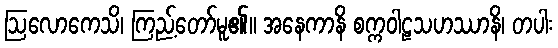
ဩလောကေသိ၊ ကြည့်တော်မူ၏။ အနေကာနိ စက္ကဝါဠသဟဿာနိ၊ တပါး